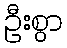
ဦးစွာ